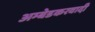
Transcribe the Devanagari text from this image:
अम्‍बेडकरवादी